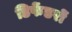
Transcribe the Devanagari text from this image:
डिफेंडरों